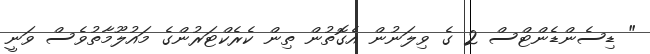
" ޑިސެންޑެންޓްސް 2 ގެ ވިލަނުން އެގޮތުން ތިން ކެރެކްޓަރުންގެ މައުލޫމާތުވެސް ވަނީ